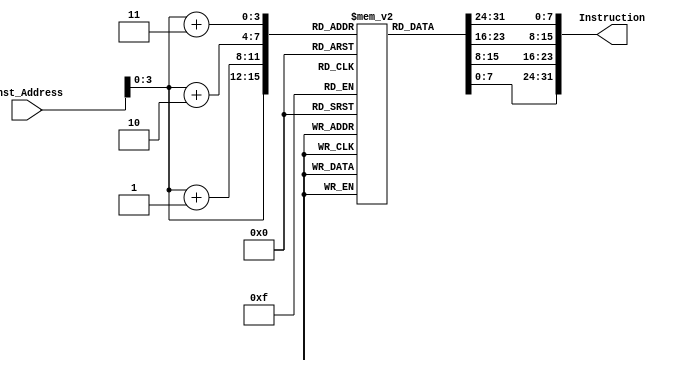
module Instruction_Memory
(
	input [63:0] Inst_Address,
	output reg [31:0] Instruction
);

	reg [7:0] Memory[15:0];
	
	initial
	begin
		Memory[0] =8'b10000011;
		Memory[1] =8'b00110100;
		Memory[2] =8'b10000101;
		Memory[3] =8'b00000010;
		Memory[4] =8'b10110011;
		Memory[5] =8'b10000100;
		Memory[6] =8'b10011010;
		Memory[7] =8'b00000000;
		Memory[8] =8'b10010011;
		Memory[9] =8'b10000100;
		Memory[10]=8'b00010100;
		Memory[11]=8'b00000000;
		Memory[12]=8'b00100011;
		Memory[13]=8'b00110100;
		Memory[14]=8'b10010101;
		Memory[15]=8'b00000010;
	end
	
	always@ *
	begin
	Instruction = {Memory[Inst_Address+3], Memory[Inst_Address+2], Memory[Inst_Address+1], Memory[Inst_Address]};
	end
endmodule